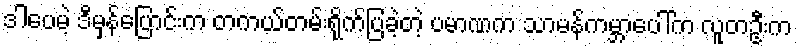
ဒါပေမဲ့ ဒီမှန်ပြောင်းက တကယ်တမ်းရိုက်ပြခဲ့တဲ့ ပမာဏက သာမန်ကမ္ဘာပေါ်က လူတဦးက